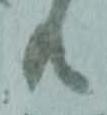
共